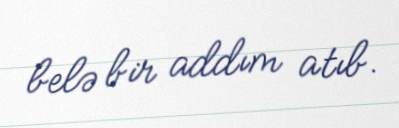
belə bir addım atıb.